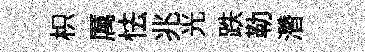
枳厲怯兆光跌勒濳